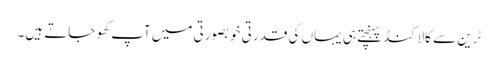
ٹرین سے کالاکنڈ پہنچتے ہی یہاں کی قدرتی خوبصورتی میں آپ کھو جاتے ہیں۔